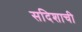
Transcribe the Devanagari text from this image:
सदिशाची